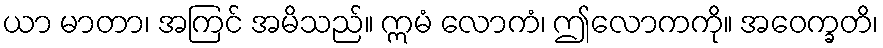
ယာ မာတာ၊ အကြင် အမိသည်။ ဣမံ လောကံ၊ ဤလောကကို။ အဝေက္ခတိ၊